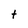
Character: t